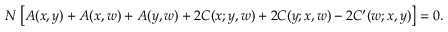
N \, \bigl [ A ( x , y ) + A ( x , w ) + A ( y , w ) + 2 C ( x ; y , w ) + 2 C ( y ; x , w ) - 2 C ^ { \prime } ( w ; x , y ) \bigr ] = 0 .